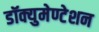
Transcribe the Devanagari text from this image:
डॉक्युमेण्टेशन